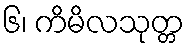
၆၊ ကိမိလသုတ္တ